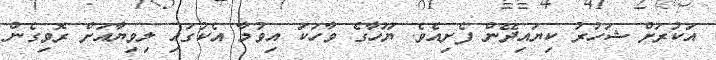
އަކުރަށް ޝަހުރު ކިޔައިދޭން ފެށިއެވެ. ޔޫހާގެ ވާހަކަ އިވުމާ އެކުގައި ލިވިޔާއަށް ރޮވިގެން